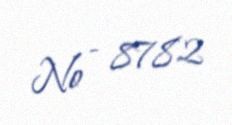
№ - 8782